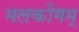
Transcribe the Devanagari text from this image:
मलकोंगम्